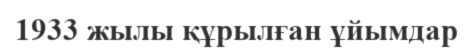
1933 жылы құрылған ұйымдар